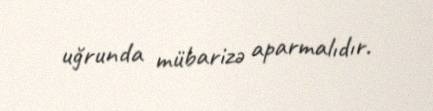
uğrunda mübarizə aparmalıdır.